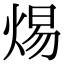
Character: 焬